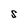
Character: S